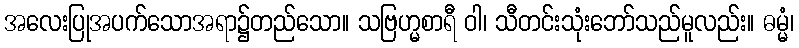
အလေးပြုအပက်သောအရာ၌တည်သော။ သဗြဟ္မစာရီ ဝါ၊ သီတင်းသုံးဘော်သည်မူလည်း။ ဓမ္မံ၊